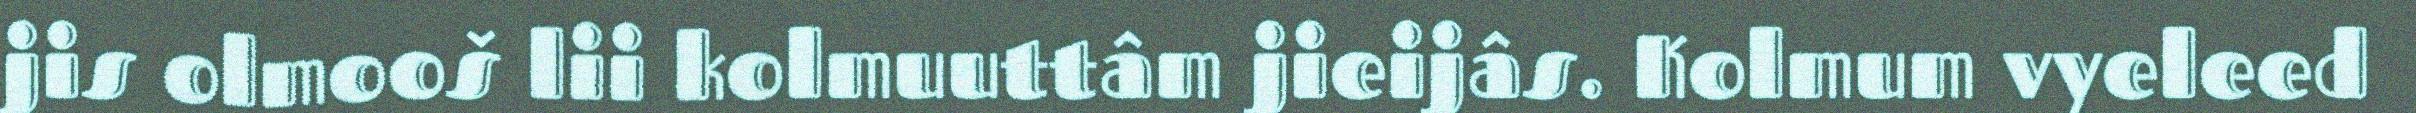
jis olmooš lii kolmuuttâm jieijâs. Kolmum vyeleed